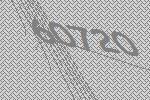
60720